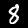
Label: 8